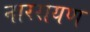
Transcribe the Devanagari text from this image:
नाररायण